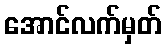
အောင်လက်မှတ်